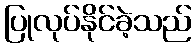
ပြုလုပ်နိုင်ခဲ့သည်